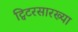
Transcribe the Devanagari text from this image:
ट्विटरसारख्या